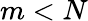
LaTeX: m<N